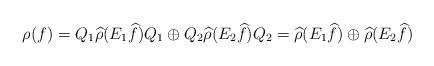
LaTeX: \begin{align*}\rho(f)=Q_1\widehat{\rho}(E_1\widehat{f})Q_1\oplus Q_2\widehat{\rho}(E_2 \widehat{f})Q_2=\widehat{\rho}(E_1 \widehat{f})\oplus \widehat{\rho}(E_2 \widehat{f})\end{align*}